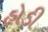
હોડી